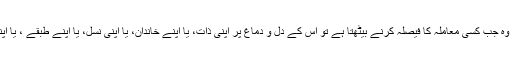
اس کی وجہ انسان کی یہ کمزوری ہے کہ وہ جب کسی معاملہ کا فیصلہ کرنے بیٹھتا ہے تو اس کے دل و دماغ پر اپنی ذات، یا اپنے خاندان، یا اپنی نسل، یا اپنے طبقے ، یا اپنی قوم ہی کے مفاد کا خیال مسلط رہتا ہے۔